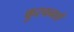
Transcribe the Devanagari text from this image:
कुरचनाएं